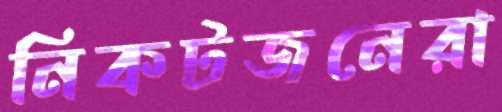
নিকটজনেরা